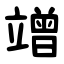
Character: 竲